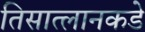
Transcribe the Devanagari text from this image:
तिसात्लानकडे